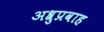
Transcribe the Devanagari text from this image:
अश्रुप्रवाह